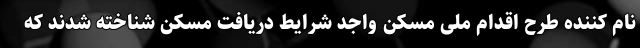
نام کننده طرح اقدام ملی مسکن واجد شرایط دریافت مسکن شناخته شدند که